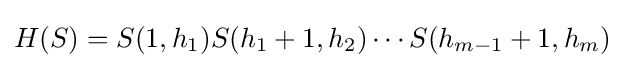
H(S)=S(1,h_{1})S(h_{1}+1,h_{2})\dotsm S(h_{m-1}+1,h_{m})